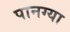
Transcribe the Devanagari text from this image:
पानग्या